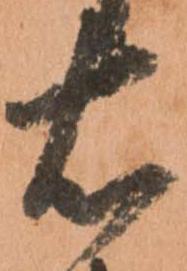
右